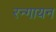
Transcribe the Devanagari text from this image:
रन्गायन